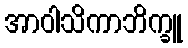
အာဝါသိကာဘိက္ခူ